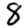
Digit: 8